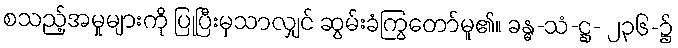
စသည့်အမှုများကို ပြုပြီးမှသာလျှင် ဆွမ်းခံကြွတော်မူ၏။ ခန္ဓ-သံ-ဋ္ဌ- ၂၃၆-၌